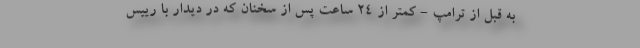
به قبل از ترامپ - کمتر از 24 ساعت پس از سخنان که در دیدار با رییس